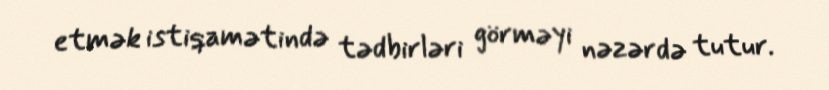
etmək istiqamətində tədbirləri görməyi nəzərdə tutur.